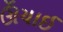
ઊઁચાઈ